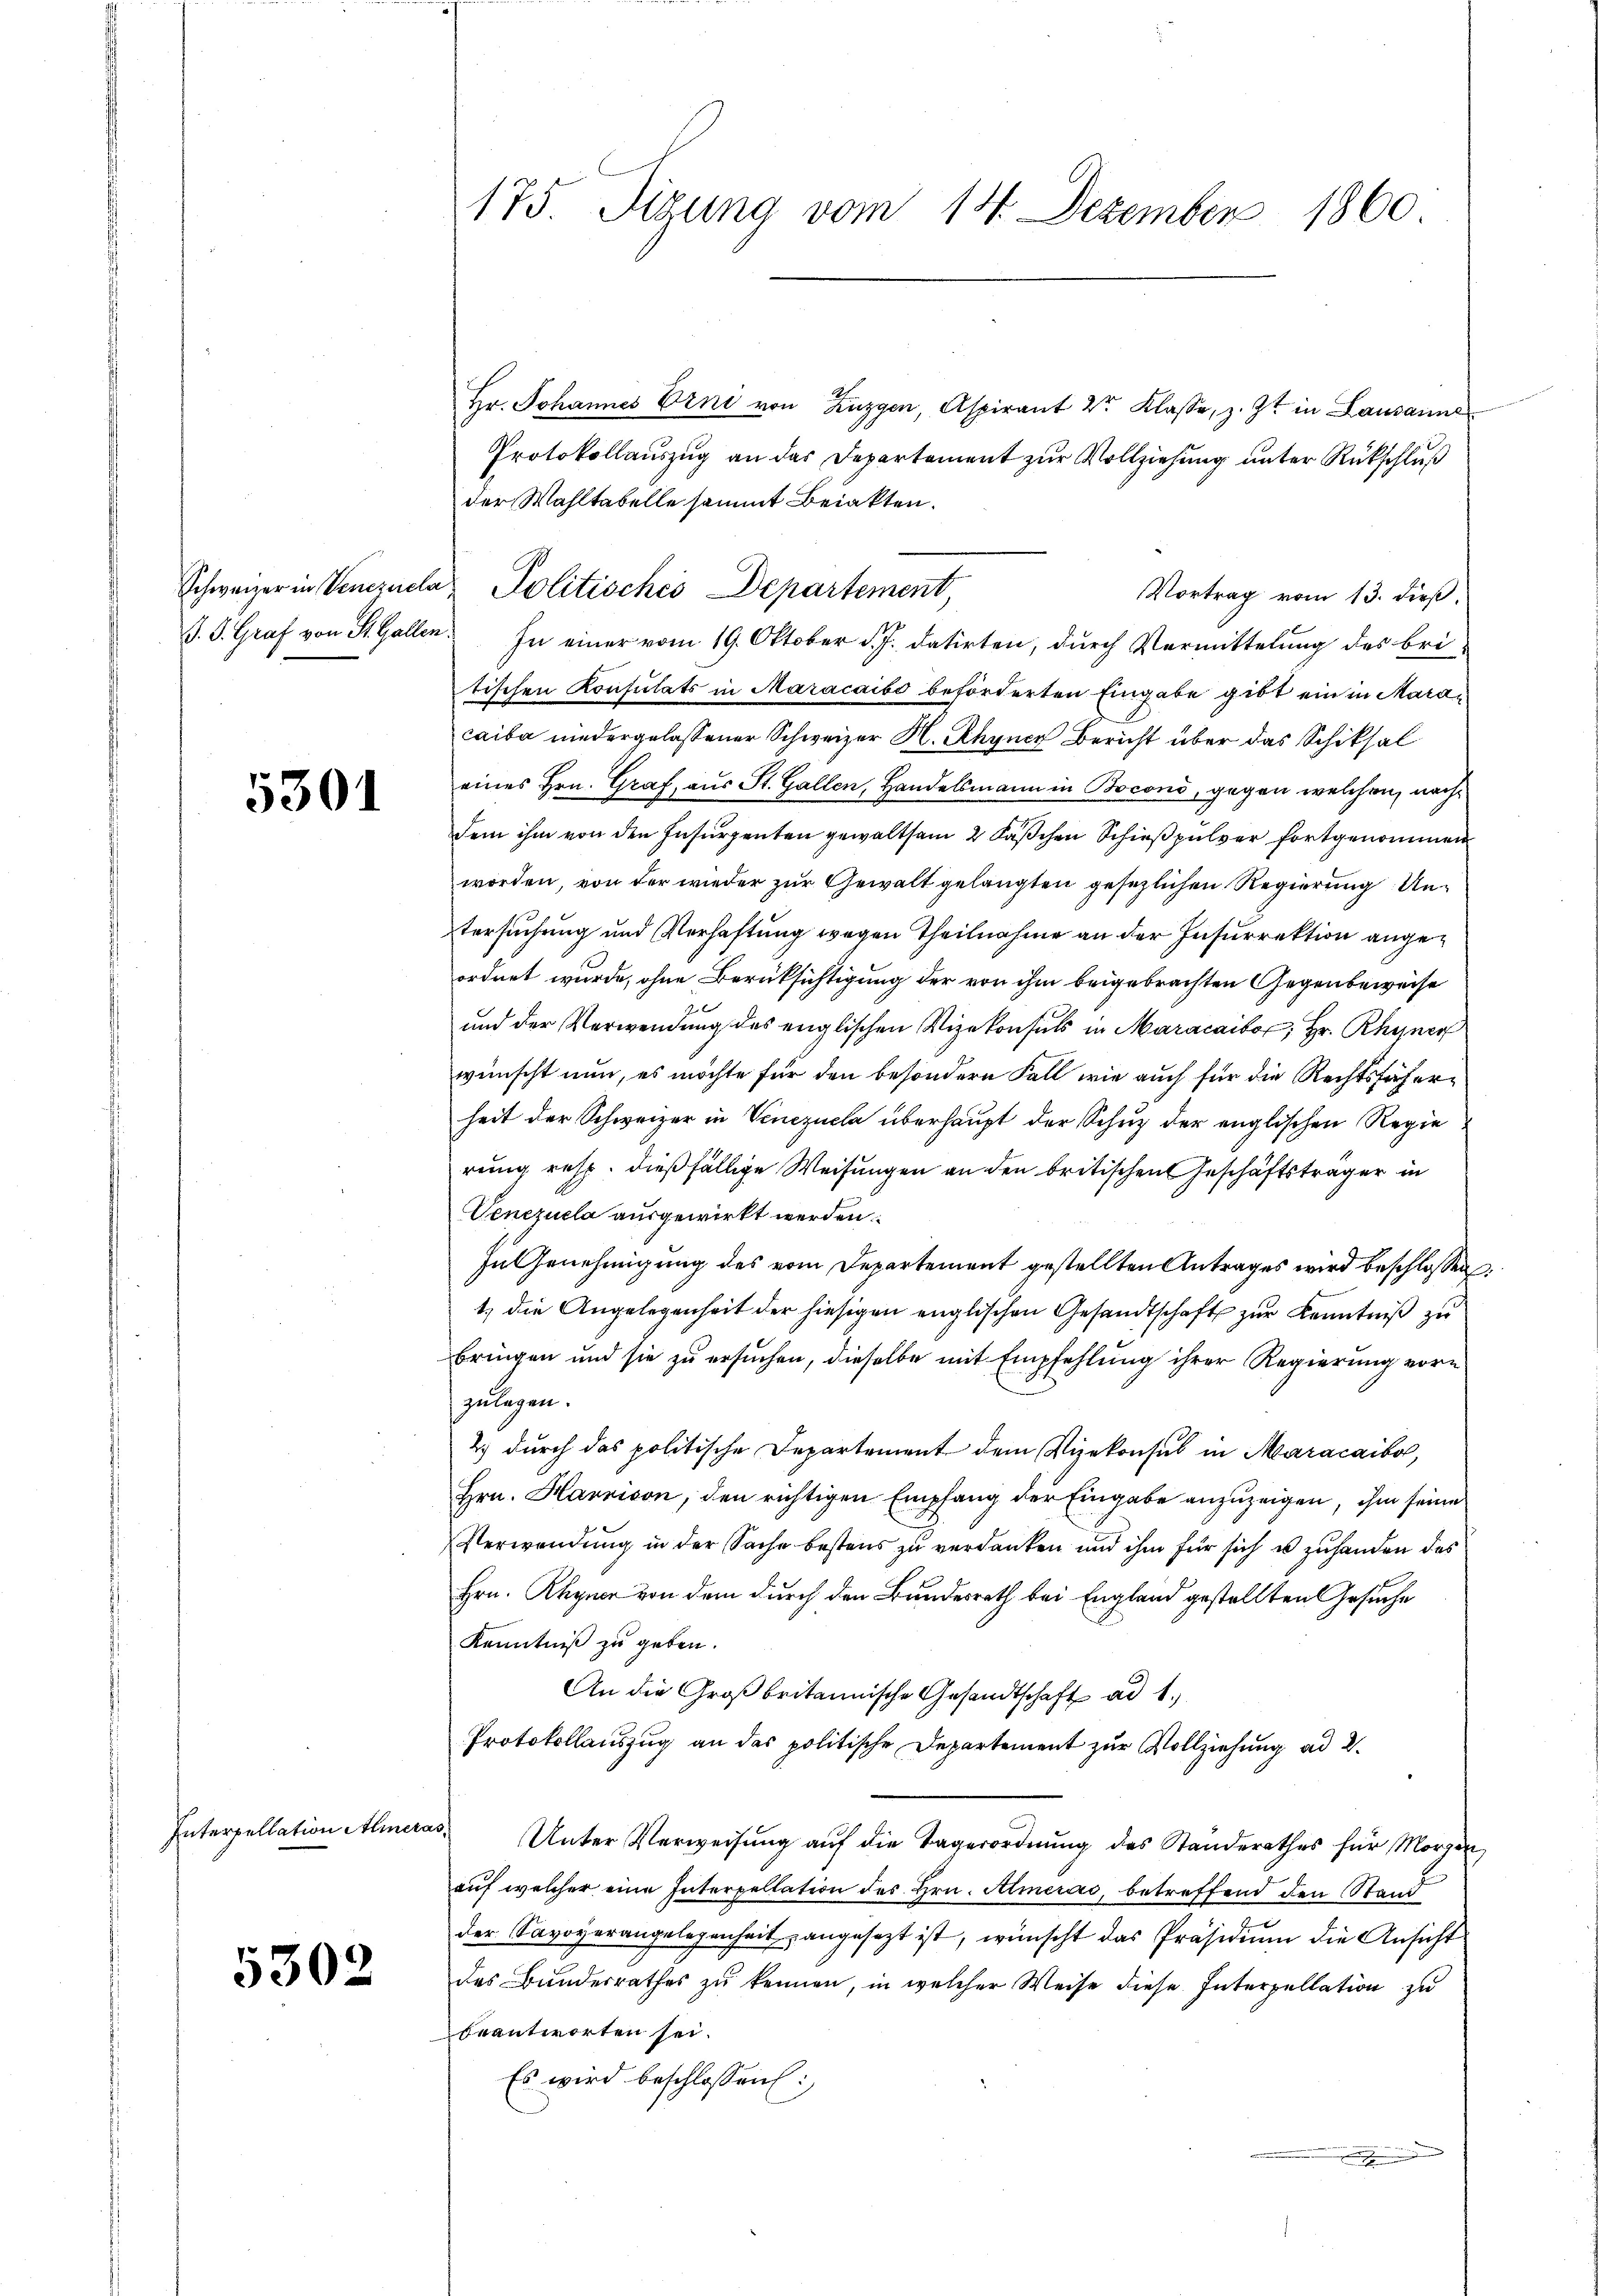
5301

Interpellation Almer

5302

Hr. Johannes Erni von Luzgen, Aspirant 2r Klasse, z. Zt. in Lausanne
Protokollauszug an das Departement zur Vollziehung unter Rückschluß
der Wahltabelle sammt Beiakten.
Vortrag vom 13. dieß,
J. P. Graf von St. Gallen. In einer vom 19. Oktober d. J. datirten, durch Vermittelung des bri-
tischen Konsulats in Maracaibo beförderten Eingabe gibt ein in Maracaiba niedergelassener Schweizer H. Rhyner Bericht über das Schiksal
eines Hrn. Graf, aus St. Gallen, Handelsmann in Bocons, gegen welchen, nachdem ihm von den Insurzenten gewaltsam 2 Fäschen Schießpulver fortgenommen
worden, von der wieder zur Gewalt gelangten gesezlichen Regierung Untersuchung und Verhaftung wegen Theilnahme an der Insurrektion angeordnet wurde, ohne Berücksichtigung der von ihm beigebrachten Gegenbeweise
und der Verwendung des englischen Vizekonsuls in Maracaito; Hr. Rhyner
wünscht nun, es möchte für den besondern Fall wie auch für die Rechtsfächerheit der Schweizer in Venezucla überhaupt der Schuz der englischen Regie
rung resp. dießfällige Weisungen an den britischen Geschäftsträger in
Venezuela ausgewirkt werden.
In Genehmigung des vom Departement gestellten Antrages wird beschlossen:
1) die Angelegenheit der hiesigen englischen Gesandtschaft zur Kenntniß zu
bringen und sie zu ersuchen, dieselbe mit Empfehlung ihrer Regierung vorn
zulegen.
2.) durch das politische Departement dem Vizekonsul in Maracaiba,
Hrn. Harnison, den richtigen Empfang der Eingabe anzuzeigen, ihm seine
Verwendung in der Sache bestens zu verdanken und ihm für sich u zuhanden des
Hrn. Kagner von dem durch den Bundesrath bei England gestellten Gesuche
Kenntniß zu geben.
An die Großbritannische Gesandtschaft ad 1.
Protokollauszug an das politische Departement zur Vollziehung ad 2.
as
Unter Verweisŭng aŭf die Lagerordnŭng des Standerathes für Morgen
auf welcher eine Interpellation des Hrn. Almerad, betreffend den Stand
der Savoyerangelegenheit angesezt ist, wünscht das Präsidiŭm die Ansicht
des Bundesrathes zu kennen, in welcher Weise diese Interpellation zu
beantworten sei.
Es wird beschlossen:
.

175. Dizung vom 14. Dezember 1860

Schweizer in Venezuela Politisches Departement,